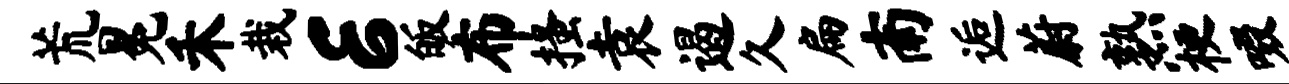
荒冕禾栽E皈布搔袁遏久扁南逅蔚熟梗啜